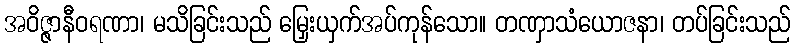
အဝိဇ္ဇာနီဝရဏာ၊ မသိခြင်းသည် မြှေးယှက်အပ်ကုန်သော။ တဏှာသံယောဇနာ၊ တပ်ခြင်းသည်